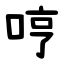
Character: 哼